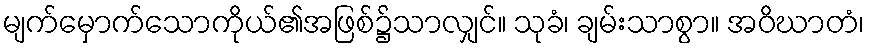
မျက်မှောက်သောကိုယ်၏အဖြစ်၌သာလျှင်။ သုခံ၊ ချမ်းသာစွာ။ အဝိဃာတံ၊